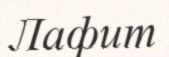
Лафит